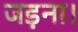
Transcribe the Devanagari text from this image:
जड़ना।